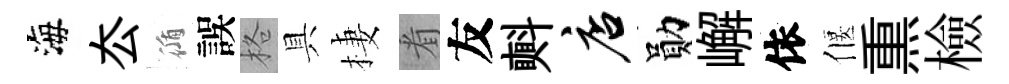
海厺循誤格具棲㸔友㪺店勛嶰依偃𤋱檢